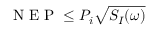
\mathrm { ~ N ~ E ~ P ~ } \le P _ { i } \sqrt { S _ { I } ( \omega ) }